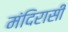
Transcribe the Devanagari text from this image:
मंदिरासी